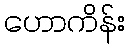
ဟောကိန်း